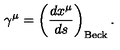
\gamma ^ { \mu } = \left( \frac { d x ^ { \mu } } { d s } \right) _ { \mathrm { B e c k } } .